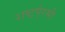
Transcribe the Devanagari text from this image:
राष्ट्रपे्रमी